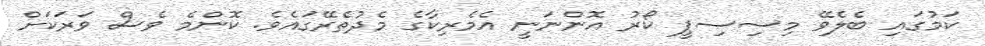
ކަމުގައި ބެލެވޭ މިސިސިޕީ ކޯރު އޮންނަނީ އެމެރިކާގެ މެދުތެރޭގައެވެ. ކޮންމެ ވެސް ވަރަކަށް